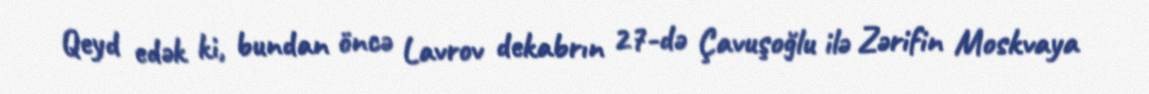
Qeyd edək ki, bundan öncə Lavrov dekabrın 27-də Çavuşoğlu ilə Zərifin Moskvaya